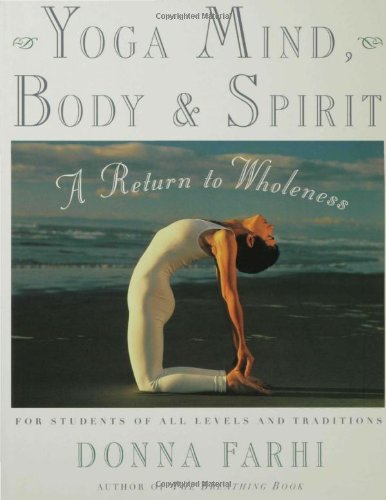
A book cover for Yoga Mind, Body & Spirit: A Return to Wholeness; Donna Farhi; Health, Fitness & Dieting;